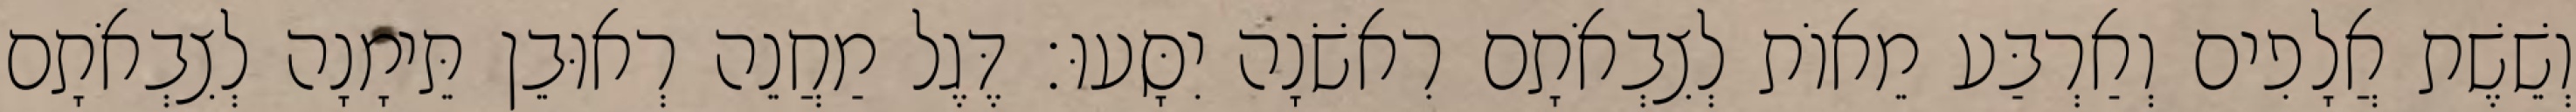
וְשֵׁשֶׁת אֲלָפִים וְאַרְבַּע מֵאוֹת לְצִבְאֹתָם רִאשֹׁנָה יִסָּעוּ׃ דֶּגֶל מַחֲנֵה רְאוּבֵן תֵּימָנָה לְצִבְאֹתָם